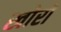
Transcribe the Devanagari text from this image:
खोरो